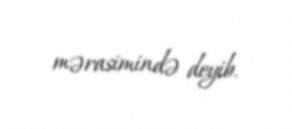
mərasimində deyib.